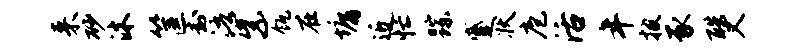
来砂沐筐封浯紫瓴在墉近忙踪蹙状庖活年披豕酷又